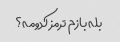
بله بازم ترمز کدومه؟